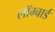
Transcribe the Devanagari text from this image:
लॉम्बार्ड